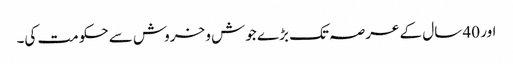
اور 40 سال کے عرصہ تک بڑے جوش و خروش سے حکومت کی۔